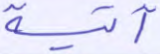
آتية